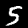
Digit: 5